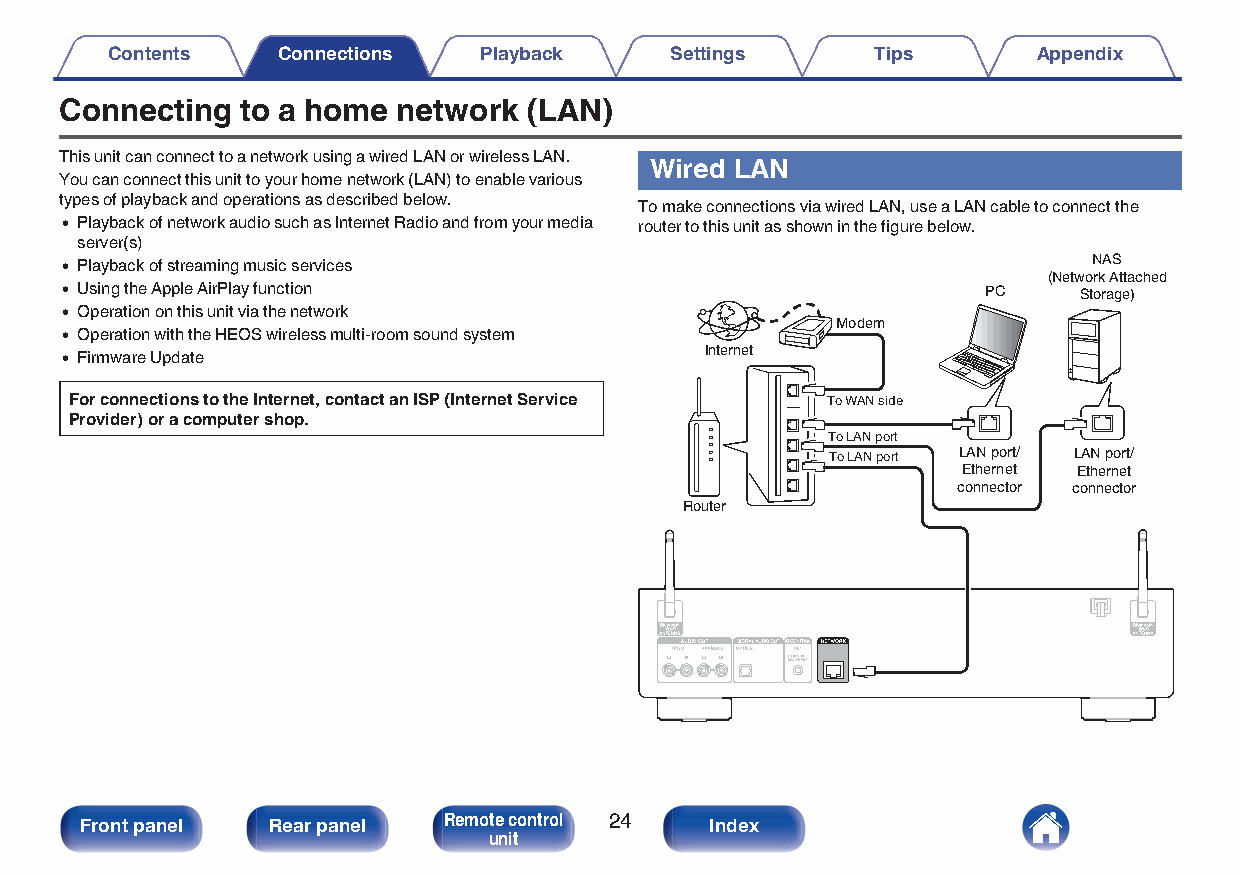
Contents   Connections   Playback    Settings      Tips       Appendix
 Connecting  to a home network  (LAN)
 This unit can connect to a network using a wired LAN or wireless LAN.
 Wired LAN
 You can connect this unit to your home network (LAN) to enable various
 types of playback and operations as described below.
 To make connections via wired LAN, use a LAN cable to connect the
 0 Playback of network audio such as Internet Radio and from your media router to this unit as shown in the figure below.
 server(s)
 NAS
 0 Playback of streaming music services
 (Network Attached
 0 Using the Apple AirPlay function                           PC    Storage)
 0 Operation on this unit via the network
 Modem
 0 Operation with the HEOS wireless multi-room sound system
 Internet
 0 Firmware Update
 For connections to the Internet, contact an ISP (Internet Service To WAN side
 Provider) or a computer shop.
 To LAN port
 To LAN port LAN port/ LAN port/
 Ethernet Ethernet
 connector connector
 Router
 Front panel  Rear panel Remote control 24 Index
 unit